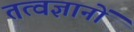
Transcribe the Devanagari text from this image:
तत्वज्ञानों